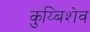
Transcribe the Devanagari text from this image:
कुय्बिशेव